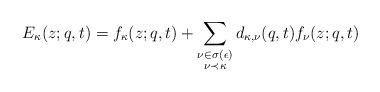
LaTeX: \begin{align*}E_{\kappa}(z;q,t)&=f_{\kappa}(z;q,t)+\sum_{\substack{\nu \in \sigma(\epsilon) \\ \nu \prec \kappa}}d_{\kappa,\nu}(q,t)f_{\nu}(z;q,t)\end{align*}